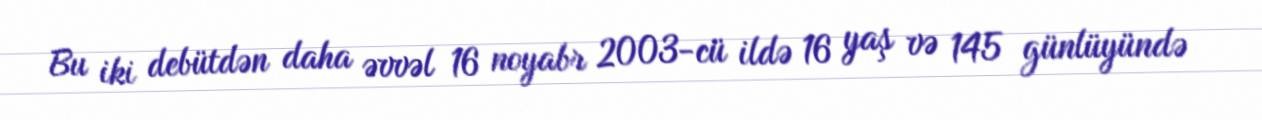
Bu iki debütdən daha əvvəl 16 noyabr 2003-cü ildə 16 yaş və 145 günlüyündə